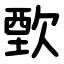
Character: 歅